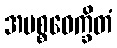
အပစ္စဝေက္ခိတံ